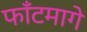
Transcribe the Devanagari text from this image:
फाँटमागे